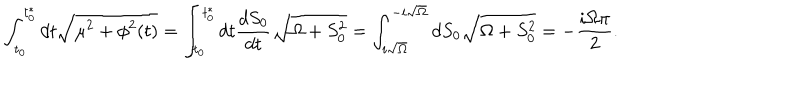
LaTeX: \int _ { t _ { 0 } } ^ { t _ { 0 } ^ { * } } d t \sqrt { \mu ^ { 2 } + \phi ^ { 2 } ( t ) } = \int _ { t _ { 0 } } ^ { t _ { 0 } ^ { * } } d t { \frac { d S _ { 0 } } { d t } } \sqrt { \Omega + S _ { 0 } ^ { 2 } } = \int _ { i \sqrt { \Omega } } ^ { - i \sqrt { \Omega } } d S _ { 0 } \sqrt { \Omega + S _ { 0 } ^ { 2 } } = - { \frac { i \Omega \pi } { 2 } } .